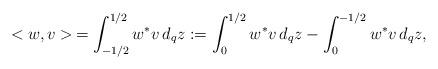
LaTeX: \begin{align*}<w,v>\,=\int^{1/2}_{-1/2}w^* v \,d_qz:= \int^{1/2}_0w^* v \,d_qz-\int^{-1/2}_0w^* v \,d_qz, \end{align*}